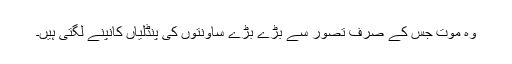
وہ موت جس کے صرف تصور سے بڑے بڑے ساونتوں کی پنڈلیاں کانپنے لگتی ہیں۔